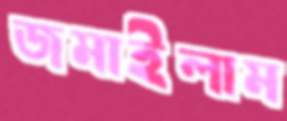
জমাইলাম